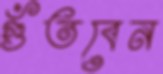
গুঁতবেন